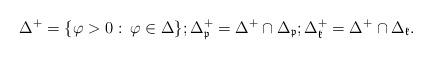
LaTeX: \begin{align*}\Delta^+=\{\varphi>0: \,\varphi\in \Delta\};\Delta_{\mathfrak{p}}^+=\Delta^+\cap \Delta_{\mathfrak{p}};\Delta_{\mathfrak{k}}^+=\Delta^+\cap \Delta_{\mathfrak{k}}.\end{align*}